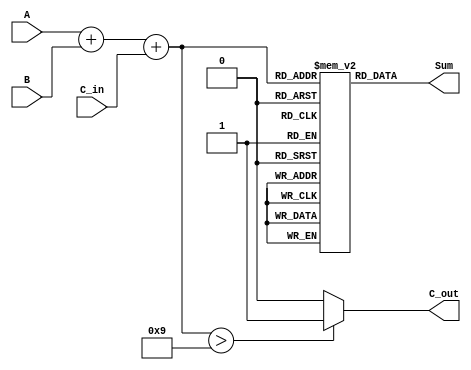
module bcd_lut_adder (
    input  wire [3:0] A,     // BCD digit A (0-9)
    input  wire [3:0] B,     // BCD digit B (0-9)
    input  wire       C_in,   // Carry-in
    output wire [3:0] Sum,    // BCD sum output
    output wire       C_out    // Carry-out
);

// Intermediate signals
wire [4:0] S;          // 5-bit binary sum for A + B + C_in
reg  [3:0] lut [0:19]; // Lookup table for BCD corrections
reg  [3:0] Sum_int;    // Internal sum output
reg  C_out_int;        // Internal carry-out

// Binary addition of A, B, and carry-in
assign S = A + B + C_in;

// LUT initialization for BCD representation
initial begin
    lut[0]  = 4'd0;  // 0
    lut[1]  = 4'd1;  // 1
    lut[2]  = 4'd2;  // 2
    lut[3]  = 4'd3;  // 3
    lut[4]  = 4'd4;  // 4
    lut[5]  = 4'd5;  // 5
    lut[6]  = 4'd6;  // 6
    lut[7]  = 4'd7;  // 7
    lut[8]  = 4'd8;  // 8
    lut[9]  = 4'd9;  // 9
    lut[10] = 4'd0;  // 10 (corrected: add 6)
    lut[11] = 4'd1;  // 11 (corrected: add 6)
    lut[12] = 4'd2;  // 12 (corrected: add 6)
    lut[13] = 4'd3;  // 13 (corrected: add 6)
    lut[14] = 4'd4;  // 14 (corrected: add 6)
    lut[15] = 4'd5;  // 15 (corrected: add 6)
    lut[16] = 4'd6;  // 16 (corrected: add 6)
    lut[17] = 4'd7;  // 17 (corrected: add 6)
    lut[18] = 4'd8;  // 18 (corrected: add 6)
    lut[19] = 4'd9;  // 19 (corrected: add 6)
end

// Correction logic: Check if the sum exceeds 9
always @(*) begin
    if (S > 9) begin
        Sum_int = lut[S];  // Use LUT to get the corrected sum
        C_out_int = 1'b1;  // Carry out
    end else begin
        Sum_int = lut[S];  // Use LUT for the direct sum (no correction needed)
        C_out_int = 1'b0;  // No carry out
    end
end

// Output assignments
assign Sum = Sum_int;
assign C_out = C_out_int;

endmodule